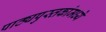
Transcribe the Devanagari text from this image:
पाठ्यपुस्तकांमध्ये